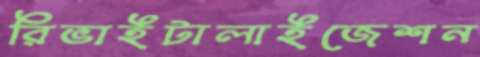
রিভাইটালাইজেশন